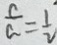
\frac { c } { a } = \frac { 1 } { 2 }